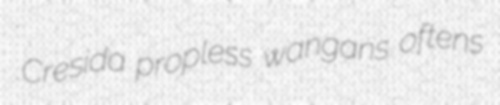
Cresida propless wangans oftens